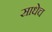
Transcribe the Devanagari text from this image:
साधेच